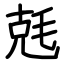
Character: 兞